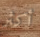
أكثر